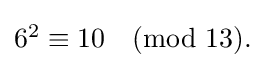
{\textstyle 6^{2}\equiv 10{\pmod {13}}.}